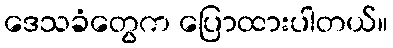
ဒေသခံတွေက ပြောထားပါတယ်။